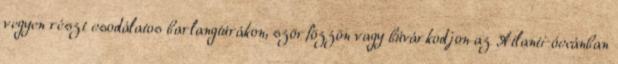
vegyen részt csodálatos barlangtúrákon, szörfözzön vagy búvárkodjon az Atlanti-óceánban